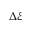
\Delta \xi